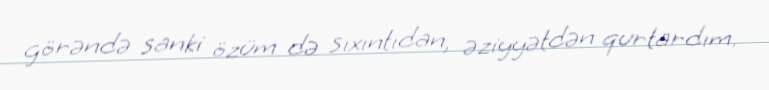
görəndə sanki özüm də sıxıntıdan, əziyyətdən qurtardım.